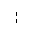
Letter: _alif